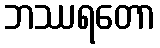
ဘဿရတော